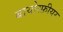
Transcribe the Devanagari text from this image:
बायोस्फ़ीयर